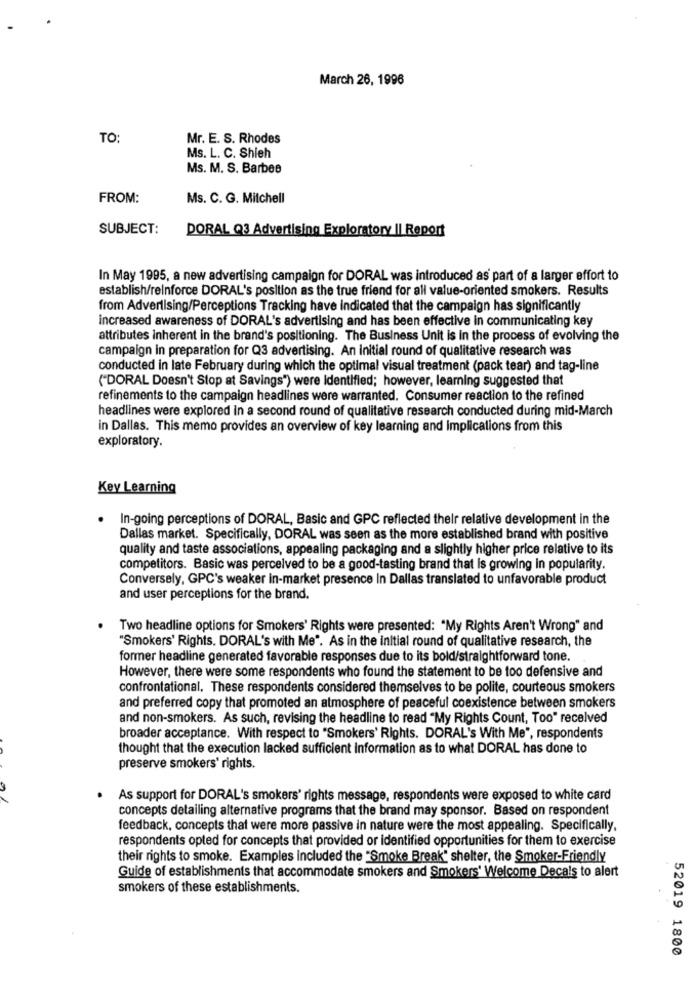
March 26, 1996
TO:
Mr. E. S. Rhodes
Ms. L. C. Shieh
Ms. M. S. Barbee
FROM:
Ms. C. G. Mitchell
SUBJECT:
DORAL Q3 Advertising Exploratory || Report
In May 1995, a new advertising campaign for DORAL was introduced as part of a larger effort to
establish/reinforce DORAL's position as the true friend for all value-oriented smokers. Results
from Advertising/Perceptions Tracking have indicated that the campaign has significantly
increased awareness of DORAL's advertising and has been effective in communicating key
attributes inherent in the brand's positioning. The Business Unit is in the process of evolving the
campaign in preparation for Q3 advertising. An initial round of qualitative research was
conducted in late February during which the optimal visual treatment (pack tear) and tag-line
("DORAL Doesn't Stop at Savings") were Identified; however, learning suggested that
refinements to the campaign headlines were warranted. Consumer reaction to the refined
headlines were explored in a second round of qualitative research conducted during mid-March
in Dallas. This memo provides an overview of key learning and implications from this
exploratory.
Key Learning
.
In-going perceptions of DORAL, Basic and GPC reflected their relative development in the
Dallas market. Specifically, DORAL was seen as the more established brand with positive
quality and taste associations, appealing packaging and a slightly higher price relative to its
competitors. Basic was perceived to be a good-tasting brand that is growing in popularity.
Conversely, GPC's weaker in-market presence In Dallas translated to unfavorable product
and user perceptions for the brand.
Two headline options for Smokers' Rights were presented: "My Rights Aren't Wrong" and
"Smokers' Rights, DORAL's with Me". As in the initial round of qualitative research, the
former headline generated favorable responses due to its bold/straightforward tone.
However, there were some respondents who found the statement to be too defensive and
confrontational. These respondents considered themselves to be polite, courteous smokers
and preferred copy that promoted an atmosphere of peaceful coexistence between smokers
and non-smokers. As such, revising the headline to read "My Rights Count, Too" received
broader acceptance. With respect to "Smokers' Rights. DORAL's With Me", respondents
thought that the execution lacked sufficient Information as to what DORAL has done to
preserve smokers' rights.
As support for DORAL's smokers' rights message, respondents were exposed to white card
concepts detailing alternative programs that the brand may sponsor. Based on respondent
feedback, concepts that were more passive in nature were the most appealing. Specifically,
respondents opted for concepts that provided or identified opportunities for them to exercise
their rights to smoke. Examples included the "Smoke Break" shelter, the Smoker-Friendly
Guide of establishments that accommodate smokers and Smokers' Welcome Decals to alert
smokers of these establishments.
52019 1800